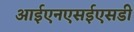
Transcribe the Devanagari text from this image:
आईएनएसईएसडी